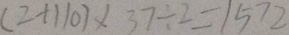
( 2 + 1 1 0 ) \times 3 7 \div 2 = 1 5 7 2